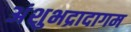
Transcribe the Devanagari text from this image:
अंशुभद्रादागम